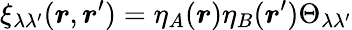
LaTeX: \xi_{\lambda\lambda^{\prime}}(\boldsymbol{r},\boldsymbol{r}^{\prime})=\eta_{A}(\boldsymbol{r})\eta_{B}(\boldsymbol{r}^{\prime})\Theta_{\lambda\lambda^{\prime}}